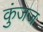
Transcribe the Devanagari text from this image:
कुंजज